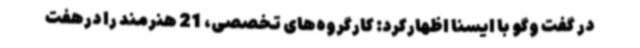
در گفت وگو با ایسنا اظهارکرد: کارگروه‌های تخصصی، 21 هنرمند را درهفت